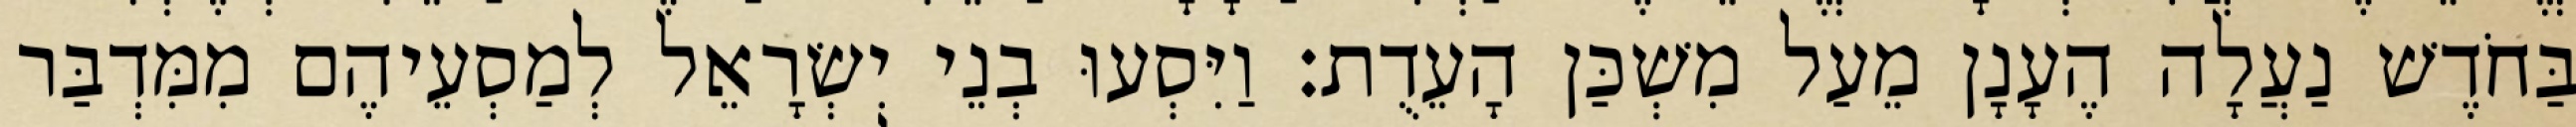
בַּחֹדֶשׁ נַעֲלָה הֶעָנָן מֵעַל מִשְׁכַּן הָעֵדֻת׃ וַיִּסְעוּ בְנֵי יִשְׂרָאֵל לְמַסְעֵיהֶם מִמִּדְבַּר